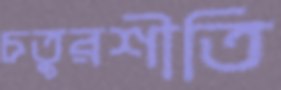
চতুরশীতি